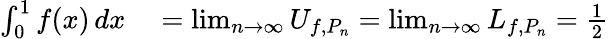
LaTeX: \begin{array}{rl}{\int_{0}^{1}f(x)\, dx}&{{}=\operatorname*{lim}_{n\to\infty}U_{f,P_{n}}=\operatorname*{lim}_{n\to\infty}L_{f,P_{n}}={\frac{1}{2}}}\end{array}